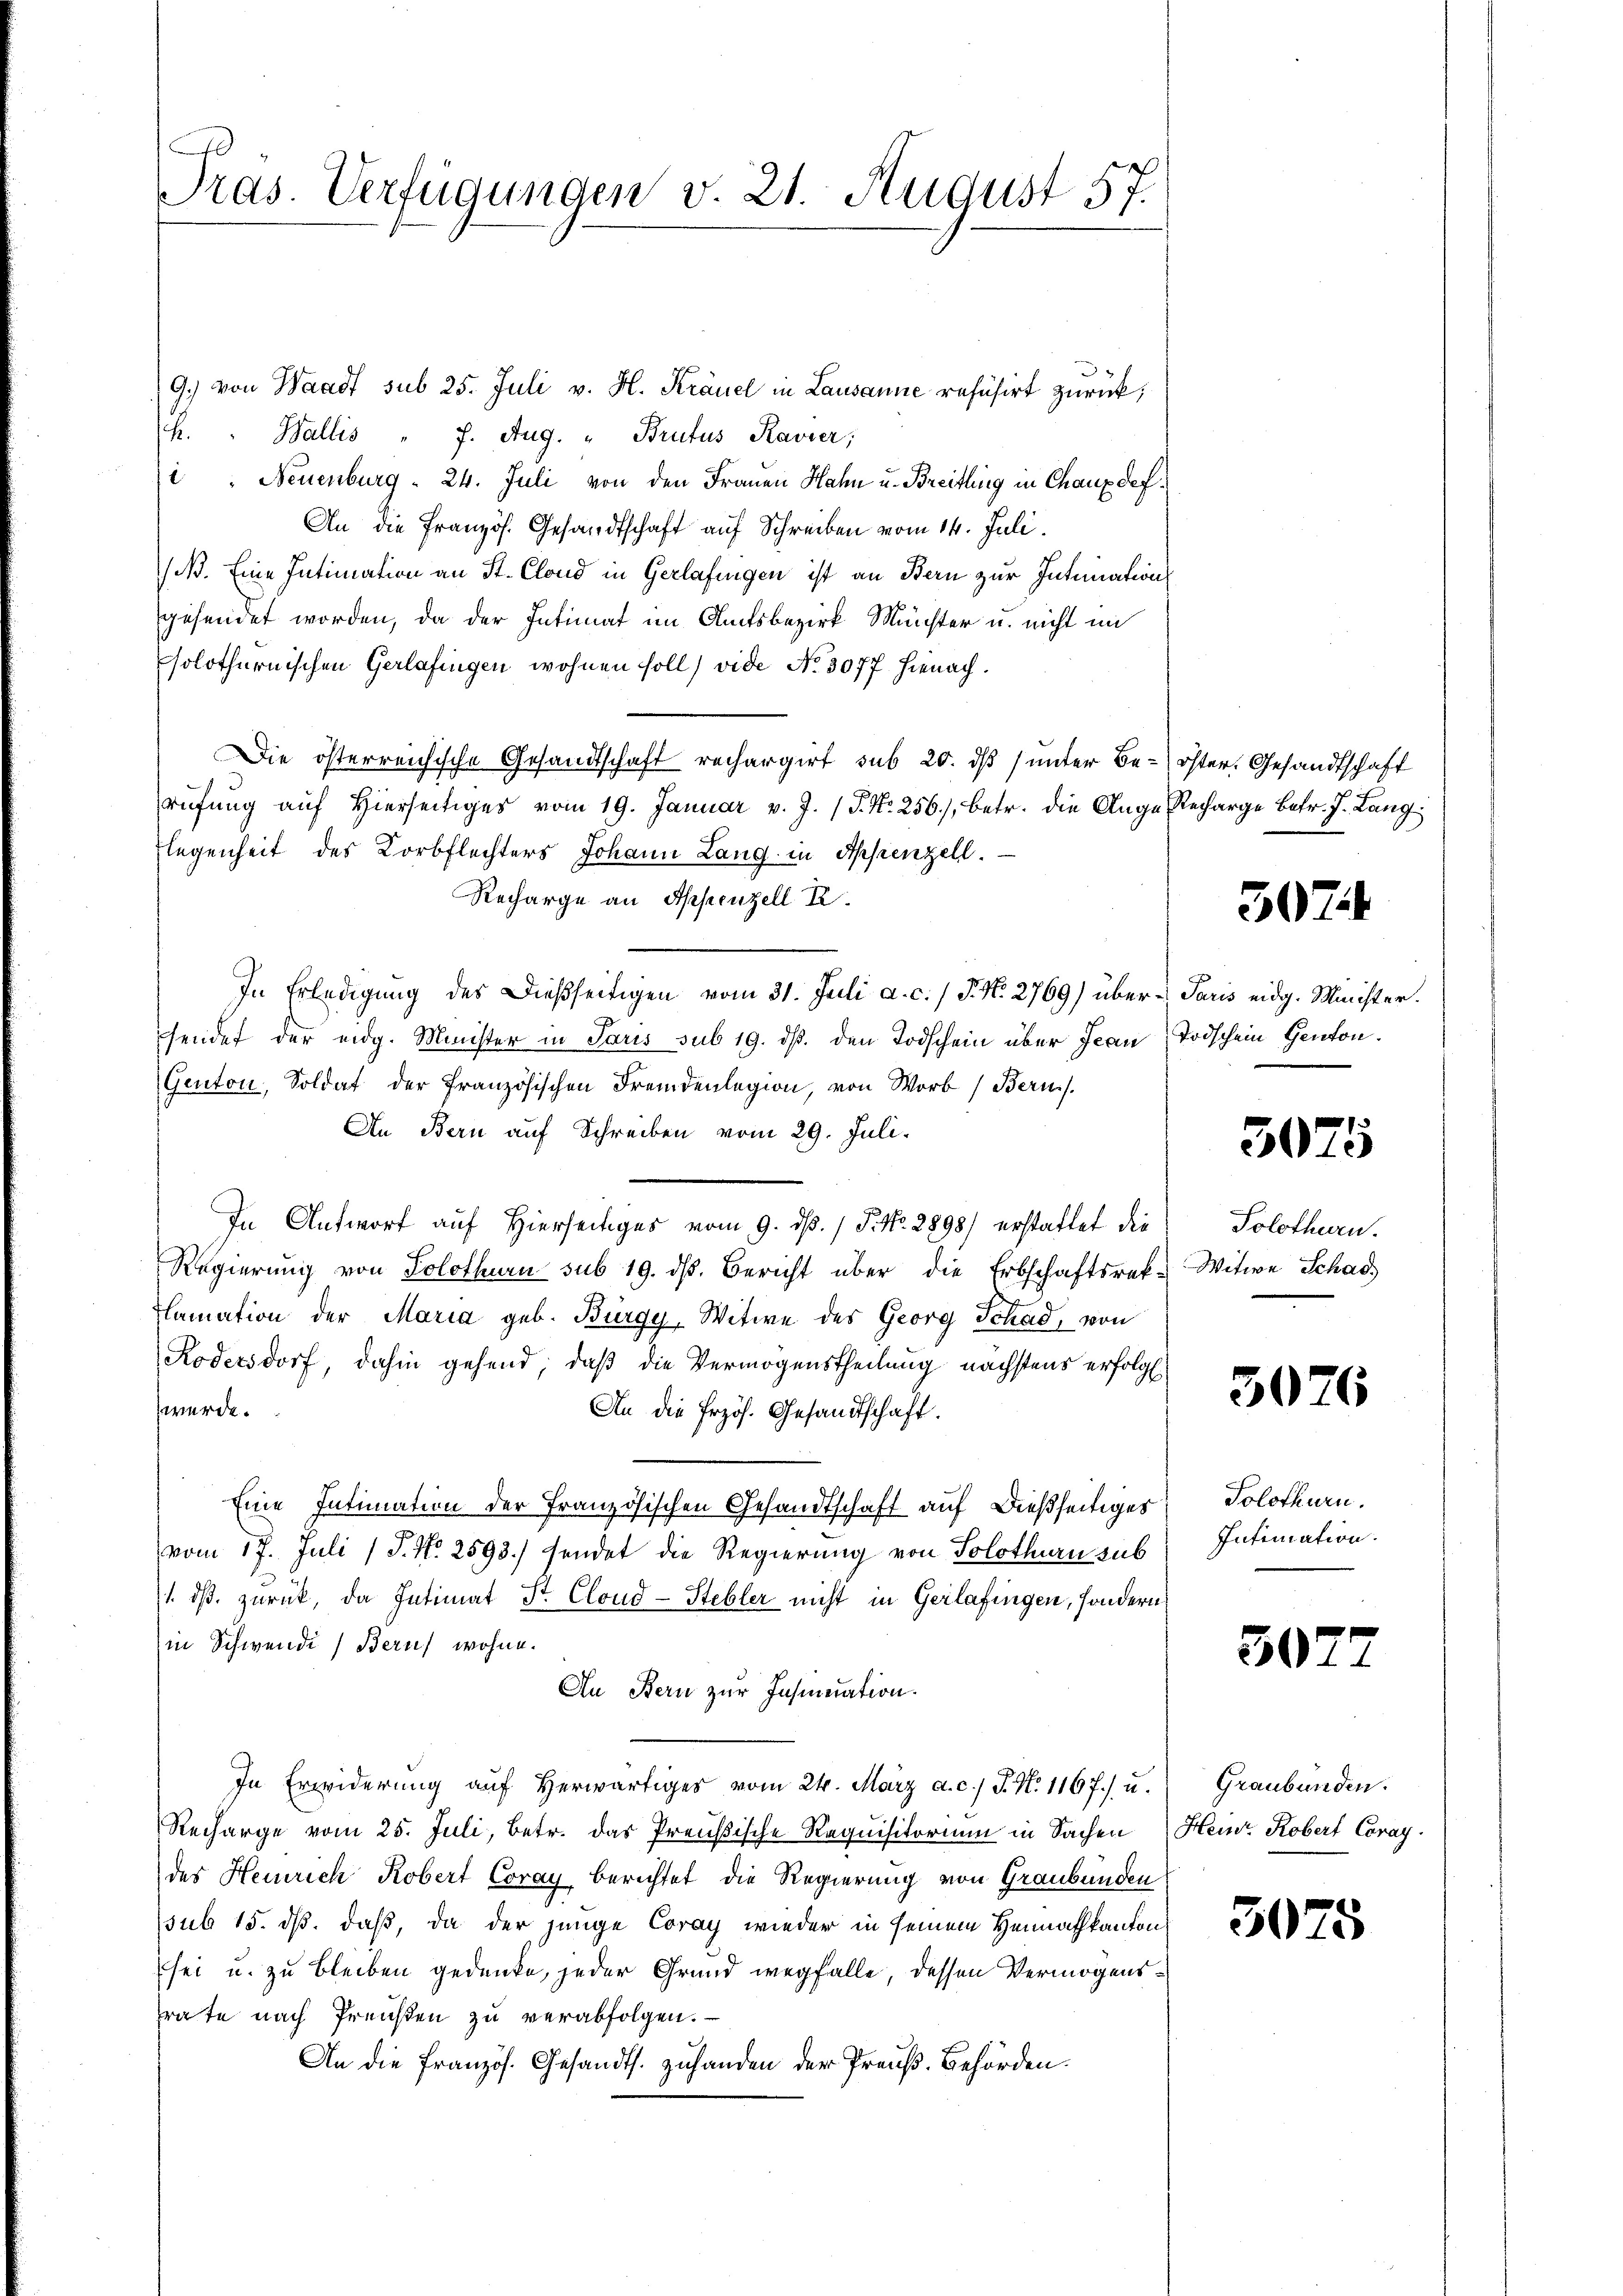
Pras. Verfügungen v. 21. August 57.

G.) von Waadt sub 25. Juli v. H. Kräuel in Lausanne refüsirt zurück;
h. " Wallis " 7. Aug. " Brutus Ravier;
i : Neuenburg - 24. Juli von den Frauen Hahn u. Breitling in Chauxdef¬
An die Französ. Gesandtschaft auf Schreiben vom 14. Juli.
(iß. Eine Intimation an St. Clond in Gerlafingen ist an Bern zur Intimation
gesendet worden, da der Intimat im Amtsbezirk Münster u. nicht im
solothurnischen Gerlafingen wohnen soll) vide No. 3077. Hienach.
Die österreichische Gesandtschaft rechargirt sub 20. dß (unter Berüfŭng auf hierseitiges vom 19. Januar v. J. P. Nr. 256), betr. die Anga¬
Flegenheit des Korbflechters Johann Lang in Appenzell.
Recharge an Appenzell A.
In Erledigung des Dießseitigen vom 31. Juli a. c. / P. N. 2769) über Paris eidg. Minister.
hendet der eidg. Minister in Paris sub 19. ds. den Todschein über Jean Todschein Genton.
Genton, Soldat der Französischen Fremdenlegion, von Wort (Bern.
An Bern auf Schreiben vom 29. Juli.
In Antworf auf Hierseitiges vom 9. ds. / P. No. 2898) erstattet die
Regierung von Solothurn sub 19. ds. Bericht über die Erbschaftsrek-
Flamation der Maria geb. Bürgy-Witwe des Georg Schad, von
Rodelsdorf, dahin gehend, daß die Vermögenstheilung nächstens erfolgt.
werde.
An die Erzös. Gesandtschaft.
Eine Intimation der Französischen Gesandtschaft auf dießseitiges
vom 17. Juli (T. N. 2593) sendet die Regierung von Solothurn sub
1. ds. zurück, da Intimat Sr. Cloud-Stebler nicht in Gerlafingen, sondern
in Schwende Berns wohne.
An Bern zur Insinuation.
In Erwiderung auf herwärtiges vom 24. März a. c. P. N. 1167) u.
Recharge vom 25. Juli, Betr. das Preußische Requisitorium in Sachen
des Heinrich Kobert Coray berichtet die Regierung von Graubünden
sub 15. ds. daß, da der junge Coray wieder in seinem Heimatkantons
sei u. zu bleiben gedenke, jeder Grund wegfalle, dessen Vermögensrate nach Preisen zu verabfolgen.
An die Französ. Gesandts. zuhanden der Preuß. Behörden.

öster. Gesandtschaft
Recharge betr. J. Lang

3024

3075

Solothurn.
Witwe Schad

3026

Solothurn.
Intimation.

507.

Graubünden.
Heinr. Robert Coray.

3075